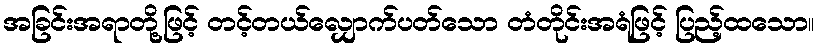
အခြင်းအရာတို့ဖြင့် တင့်တယ်လျှောက်ပတ်သော တံတိုင်းအရံဖြင့် ပြည့်ထသော။